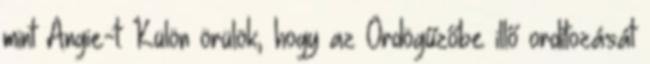
mint Angie-t: Külön örülök, hogy az Ördögűzőbe illő ordítozását